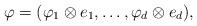
LaTeX: \begin{align*}\varphi=(\varphi_{1}\otimes e_{1},\ldots,\varphi_{d}\otimes e_{d}),\end{align*}